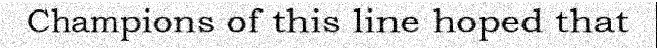
Champions of this line hoped that